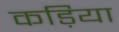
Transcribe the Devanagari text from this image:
कड़िया